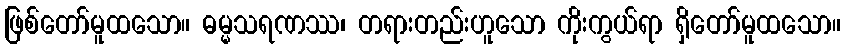
ဖြစ်တော်မူထသော။ ဓမ္မသရဏဿ၊ တရားတည်းဟူသော ကိုးကွယ်ရာ ရှိတော်မူထသော။